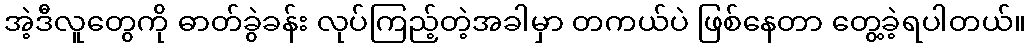
အဲ့ဒီလူတွေကို ဓာတ်ခွဲခန်း လုပ်ကြည့်တဲ့အခါမှာ တကယ်ပဲ ဖြစ်နေတာ တွေ့ခဲ့ရပါတယ်။